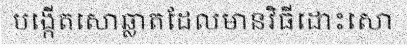
បង្កើតសោឆ្លាតដែលមានវិធីដោះសោ